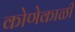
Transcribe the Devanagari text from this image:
कोणेकाळी